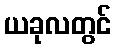
ယခုလတွင်